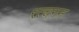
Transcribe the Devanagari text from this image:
रत्चगन